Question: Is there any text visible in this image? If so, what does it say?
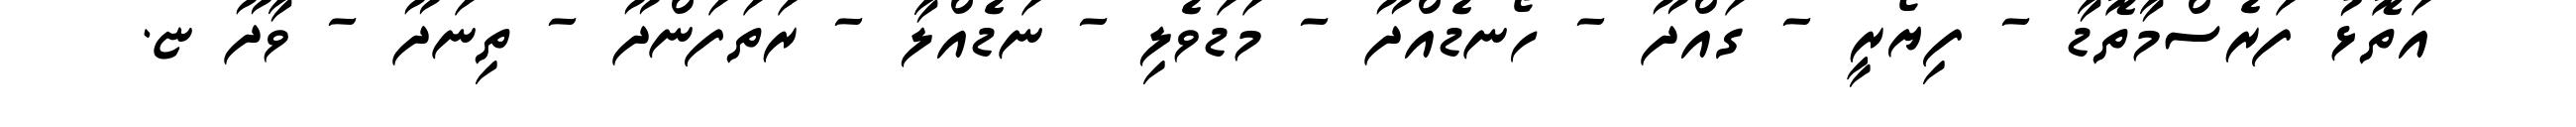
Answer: އަތޮޅު ފަރެސްމާތޮޑާ - ފިޔޯރީ - ގައްދޫ - ހޯނޑެއްދޫ - މަޑަވެލި - ނަޑެއްލާ - ރަތަފަންދޫ - ތިނަދޫ - ވާދޫ ޏ.